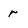
Character: r